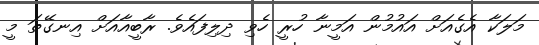
މަލަކާ އެގެއަށް އައުމުން އަމީނާ ހުރީ ހެވި ދިލިފައެވެ. ރާބީއާއަށް އިނގޭތަ މީ